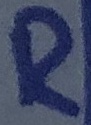
Text: R